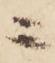
ニ